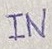
Text: IN